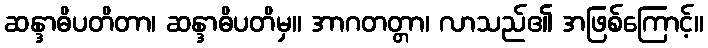
ဆန္ဒာဓိပတိတာ၊ ဆန္ဒာဓိပတိမှ။ အာဂတတ္တာ၊ လာသည်၏ အဖြစ်ကြောင့်။